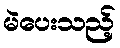
မဲပေးသည့်